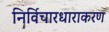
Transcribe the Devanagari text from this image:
निर्विचारधाराकरण